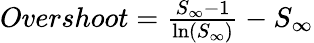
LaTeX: \begin{array}{r}{Overshoot=\frac{S_{\infty}-1}{\ln(S_{\infty})}-S_{\infty}}\end{array}